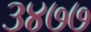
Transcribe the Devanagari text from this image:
३४७७